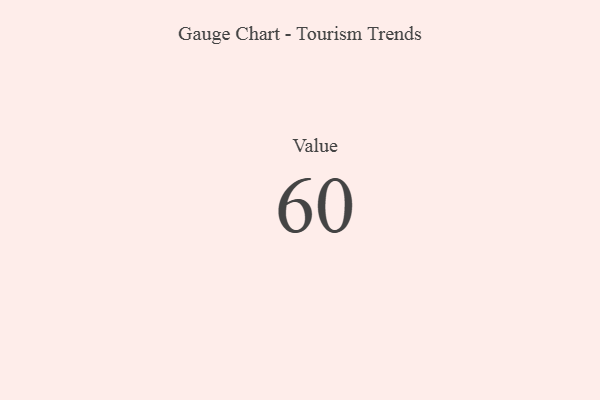
{"axis": {"x": "Metric", "y": "Value"}, "legend": [""], "data": [{"x": "Value", "y": 60, "type": ""}]}